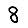
Digit: 8